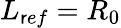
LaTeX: L_{\mathsf{r}ef}=R_{0}